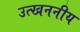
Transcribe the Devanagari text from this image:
उत्खननीय